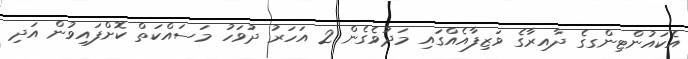
އެކައުންޓިންގގެ ދާއިރާގެ ވަޒިފާއެއްގައި މަދުވެގެން 2 އަހަރު ދުވަހު މަސައްކަތް ކޮށްފައިވުން އަދި